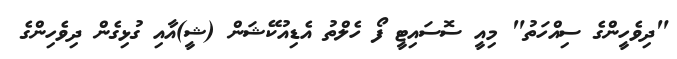
"ދިވެހީންގެ ސިއްހަތު" މިއީ ސޮސައިޓީ ފޯ ހެލްތު އެޑިއުކޭޝަން (ޝީ)އާއި ގުޅިގެން ދިވެހިންގެ